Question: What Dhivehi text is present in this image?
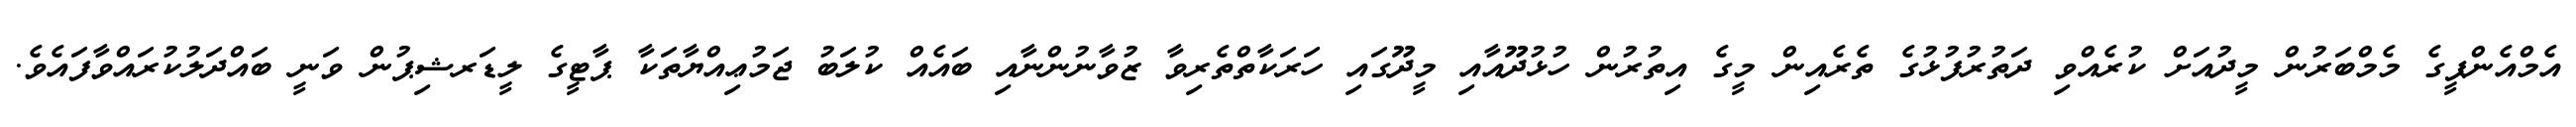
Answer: އެމްއެންޕީގެ މެމްބަރުން މީދުއަށް ކުރެއްވި ދަތުރުފުޅުގެ ތެރެއިން މީގެ އިތުރުން ހުޅުދޫއާއި މީދޫގައި ހަރަކާތްތެރިވާ ޒުވާނުންނާއި ބައެއް ކުލަބު ޖަމުޢިއްޔާތަކާ ޕާޓީގެ ލީޑަރޝިޕުން ވަނީ ބައްދަލުކުރައްވާފައެވެ.